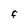
Character: f